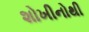
શોખીનોથી